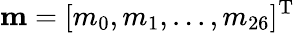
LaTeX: {\mathbf{m}}={[{m_{0}},{m_{1}},...,{m_{26}}]^{\mathrm{T}}}